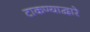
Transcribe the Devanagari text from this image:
टाकण्याद्वारे